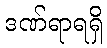
ဒဏ်ရာရရှိ